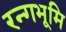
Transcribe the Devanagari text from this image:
रन्गभूमि